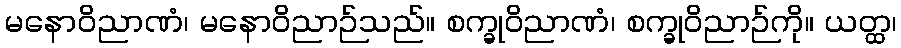
မနောဝိညာဏံ၊ မနောဝိညာဉ်သည်။ စက္ခုဝိညာဏံ၊ စက္ခုဝိညာဉ်ကို။ ယတ္ထ၊